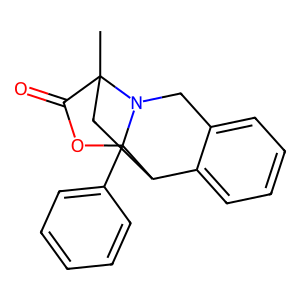
SMILES: CC12CC3c4ccccc4CN1C3(c1ccccc1)OC2=O
Inhibits HIV replication: No